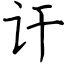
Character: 讦